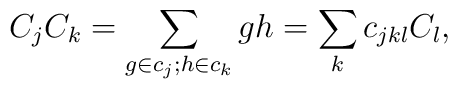
C_j C_k = \sum\limits_{g \in c_j; h \in c_k} gh = \sum_k c_{jkl} C_l,